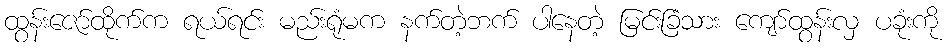
ထွန်းဇော်ထိုက်က ရယ်ရင်း မည်းရုံမက နက်တဲ့ဘက် ပါနေတဲ့ မြင်းခြံသား ကျော်ထွန်းလှ ပခုံးကို